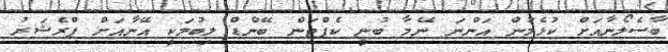
ބާސެލޯނާއަށް ކުޅެމުން އަންނަ ނޭމާ ބުނީ ކެޕްޓަން ބޭންޑް ލިބުމަކީ އޭނާއަށް ޕްރެޝަރު